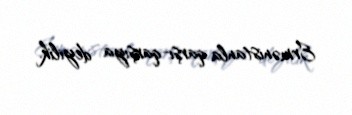
Ermənistanla qarşı-qarşıya deyilik.